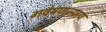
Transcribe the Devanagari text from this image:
गवेषणन्याय